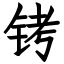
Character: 铐